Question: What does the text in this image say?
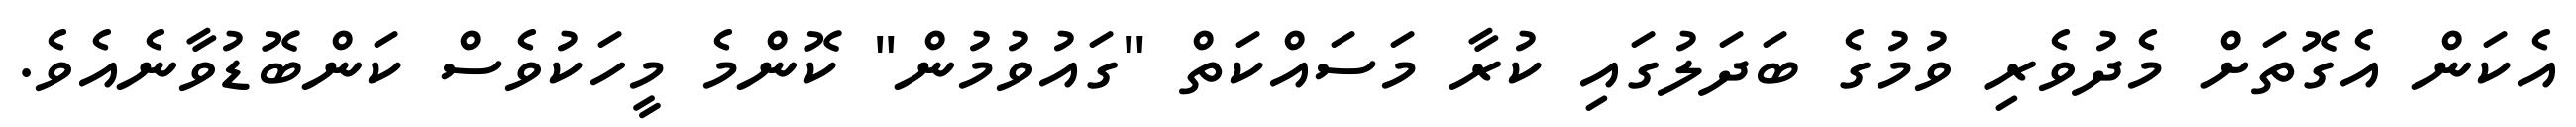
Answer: އެކަން އެގޮތަށް މެދުވެރި ވުމުގެ ބަދަލުގައި ކުރާ މަސައްކަތް "ގައުވުމުން" ކޮންމެ މީހަކުވެސް ކަންބޮޑުވާނެއެވެ.